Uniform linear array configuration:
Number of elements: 16
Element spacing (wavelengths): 1
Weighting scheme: blackman
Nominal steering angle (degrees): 60
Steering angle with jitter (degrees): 60.779
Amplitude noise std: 0.05
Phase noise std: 0.05

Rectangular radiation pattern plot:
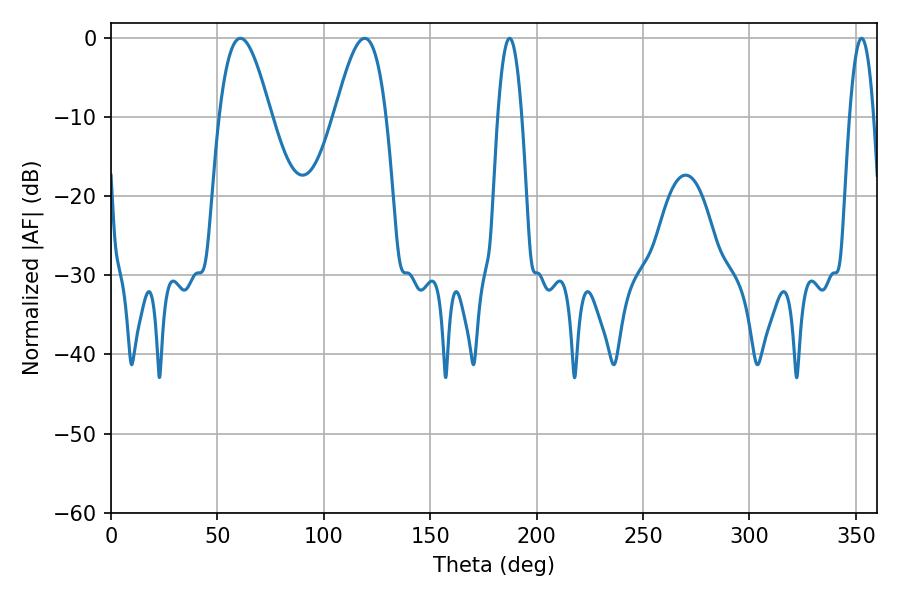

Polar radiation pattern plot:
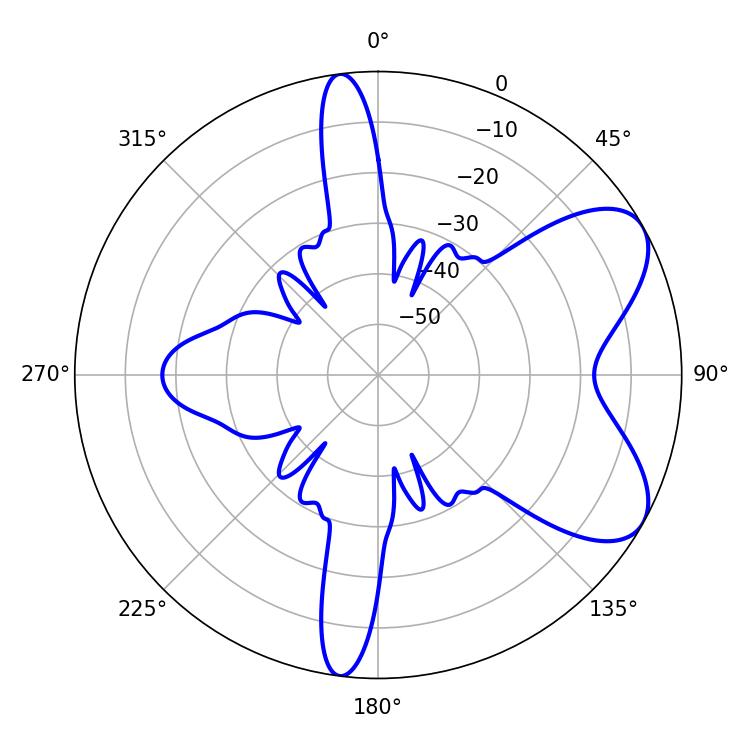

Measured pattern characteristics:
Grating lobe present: TRUE
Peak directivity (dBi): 6.852
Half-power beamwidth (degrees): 13.14
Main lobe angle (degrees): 60.84